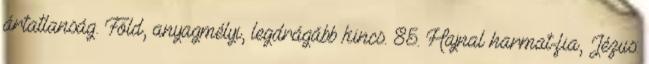
ártatlanság. Föld, anyagmélyi, legdrágább kincs. 85. Hajnal harmat-fia, Jézus: